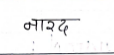
मजकूर: नारद